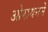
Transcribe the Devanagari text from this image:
ओरायनने